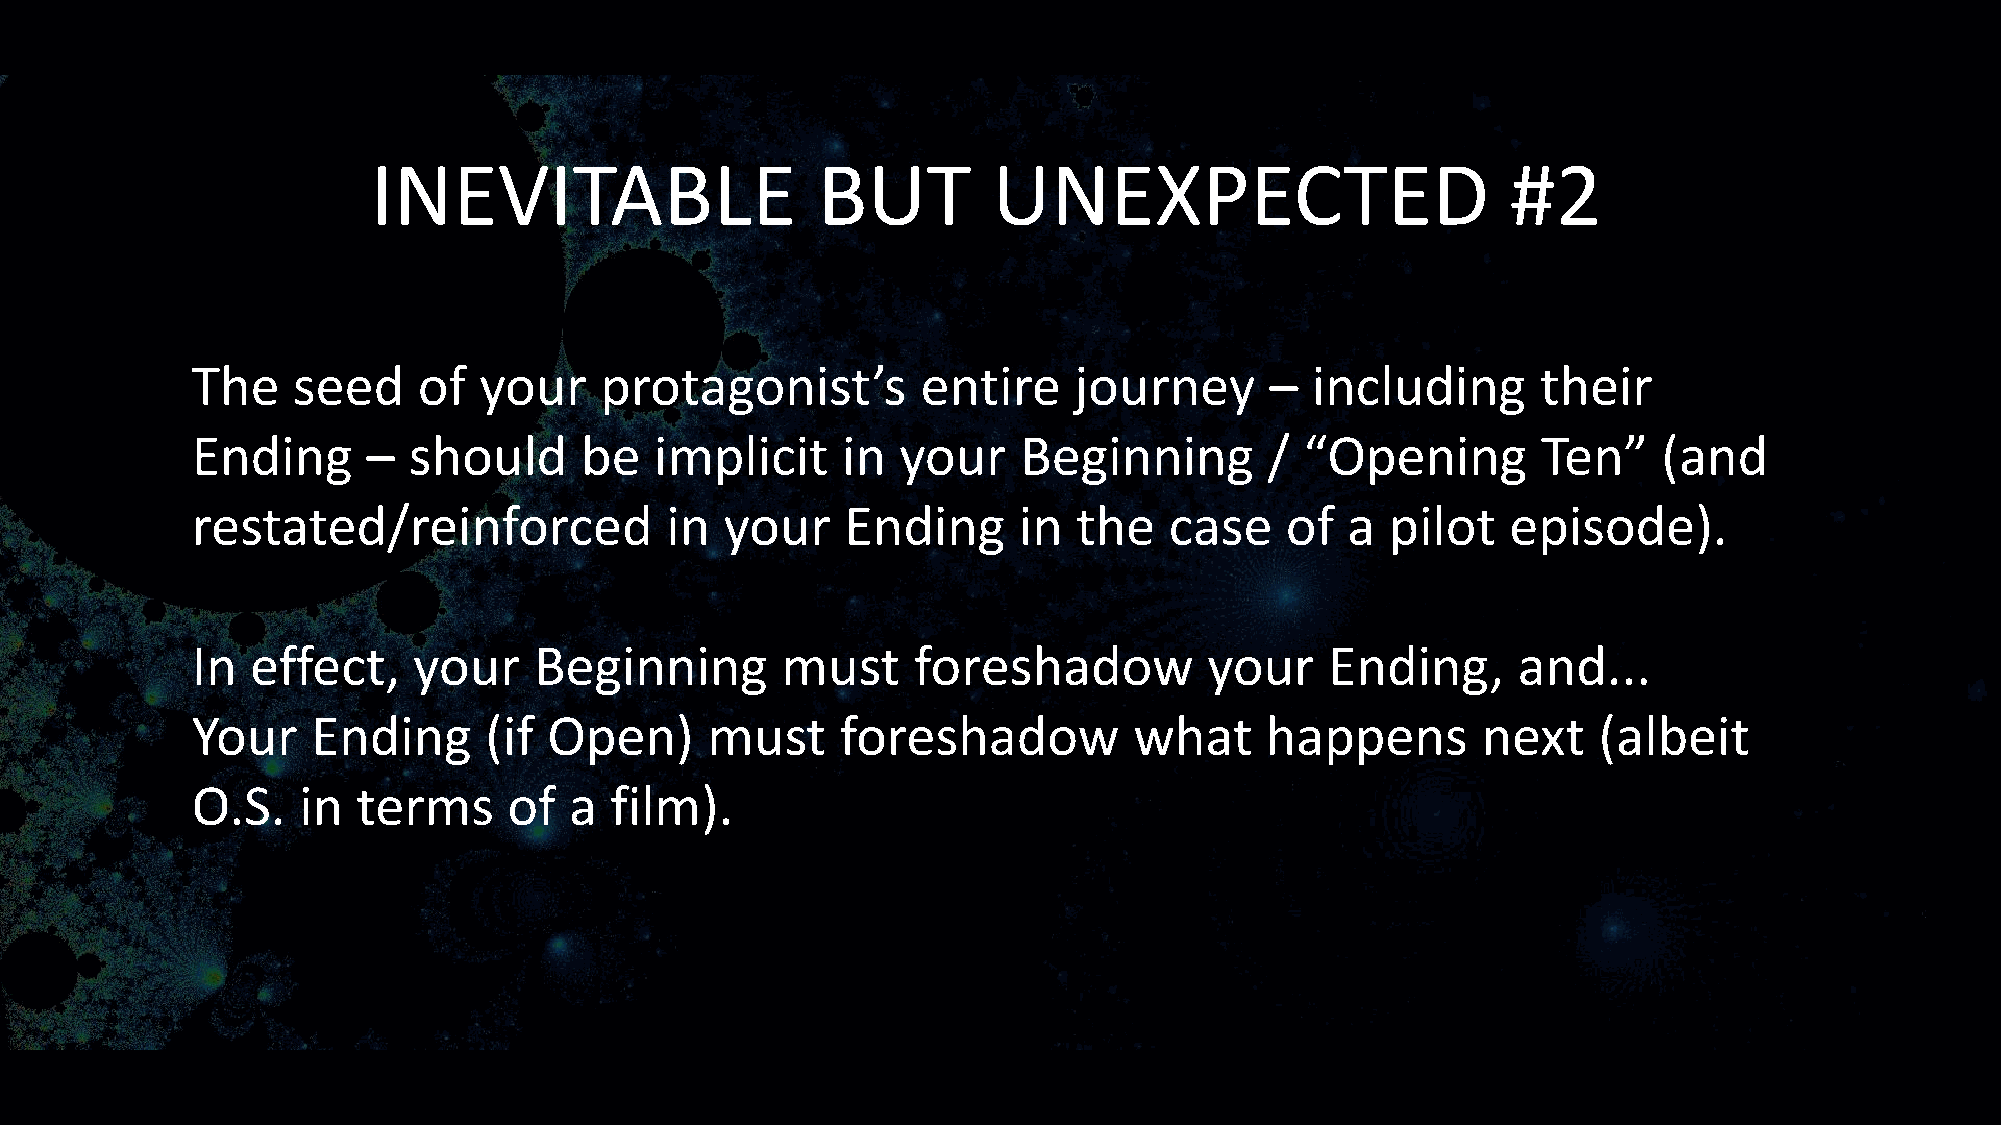
INEVITABLE                   BUT         UNEXPECTED                        #2
 The   seed     of  your    protagonist’s        entire    journey      –  including      their
 Ending     –  should     be   implicit     in  your    Beginning       / “Opening        Ten”    (and
 restated/reinforced            in  your    Ending     in  the   case    of  a  pilot   episode).
 In  effect,   your    Beginning        must    foreshadow          your    Ending,     and...
 Your    Ending     (if Open)      must     foreshadow         what     happens       next    (albeit
 O.S.   in  terms     of  a film).